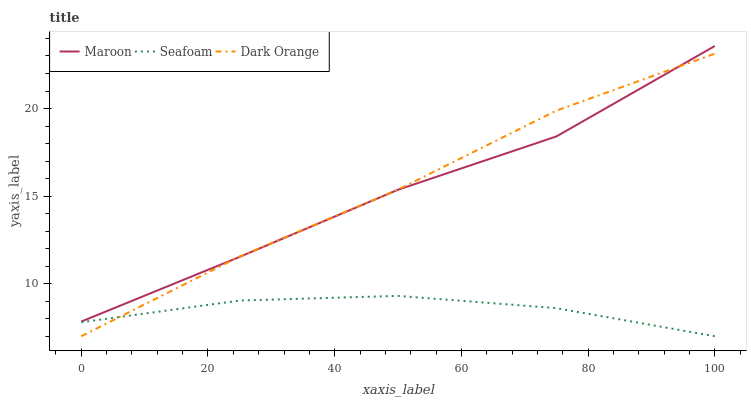
| xaxis_label | Maroon | Seafoam | Dark Orange |
 | --- | --- | --- | --- |
 | 0 | 7.84 | 7.8 | 7 |
 | 25 | 11.5 | 9.04 | 11.6 |
 | 50 | 15.4 | 9.31 | 15.4 |
 | 75 | 18.4 | 8.6 | 19.9 |
 | 100 | 23.6 | 7 | 23.1 |